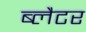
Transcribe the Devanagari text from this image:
ब्लैटर